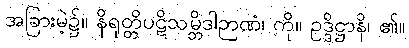
အခြားမဲ့၌။ နိရုတ္တိပဋိသမ္ဘိဒါဉာဏံ၊ ကို။ ဥဒ္ဒိဋ္ဌာနိ၊ ၏။